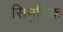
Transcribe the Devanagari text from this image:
सिमुनिक